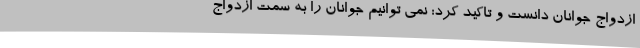
ازدواج جوانان دانست و تاکید کرد: نمی توانیم جوانان را به سمت ازدواج